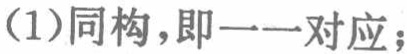
(1)同构，即一一对应；